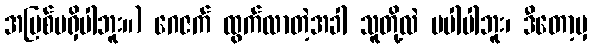
အပြစ်မရှိပါဘူး။) ဂေဇက် ထွက်လာတဲ့အခါ သူတို့လဲ မပါပါဘူး၊ ဒီတော့မှ